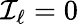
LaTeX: \mathcal{I}_{\ell}=0